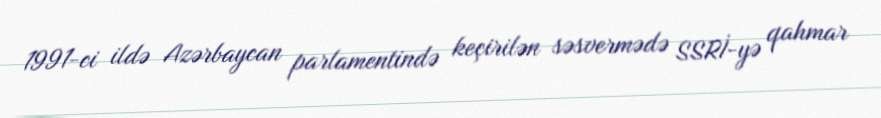
1991-ci ildə Azərbaycan parlamentində keçirilən səsvermədə SSRİ-yə qahmar